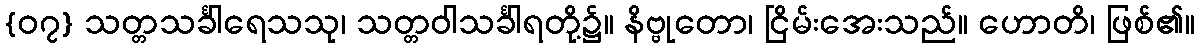
{၀၇} သတ္တသင်္ခါရေသသု၊ သတ္တဝါသင်္ခါရတို့၌။ နိဗ္ဗုတော၊ ငြိမ်းအေးသည်။ ဟောတိ၊ ဖြစ်၏။